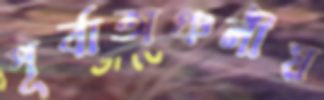
পূর্বাঅঞ্চলীয়